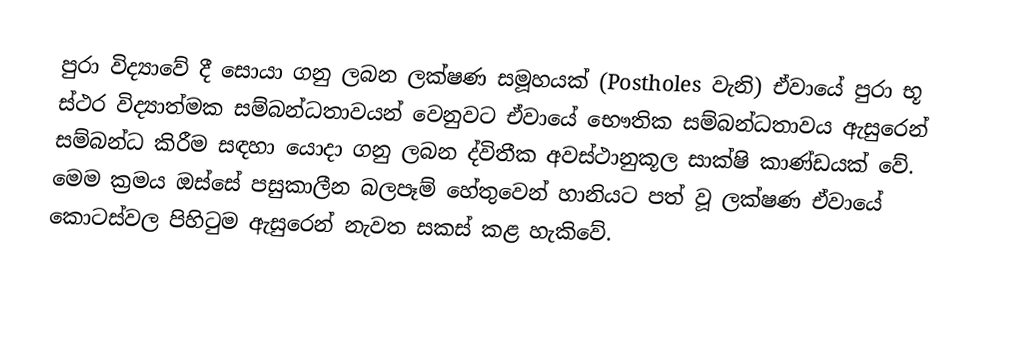
පුරා විද්‍යාවේ දී සොයා ගනු ලබන ලක්ෂණ සමූහයක් (Postholes වැනි) ඒවායේ පුරා භූ ස්ථර විද්‍යාත්මක සම්බන්ධතාවයන් වෙනු‍වට ඒවායේ භෞතික සම්බන්ධතාවය ඇසුරෙන් සම්බන්ධ කිරීම සඳහා යොදා ගනු ලබන ද්විතීක අවස්ථානුකූල සාක්ෂි කාණ්ඩයක් වේ. මෙම ක්‍රමය ඔස්සේ පසුකාලීන බලපෑම් හේතුවෙන් හානියට පත් වූ ලක්ෂණ ඒවායේ කොටස්වල පිහිටුම ඇසුරෙන් නැවත සකස් කළ හැකි‍වේ.